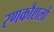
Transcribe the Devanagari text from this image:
रणकौशलों